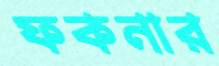
ফকনার